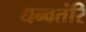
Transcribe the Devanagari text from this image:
धन्वतंरि